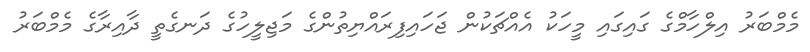
މެމްބަރު އިލްހާމްގެ ގަައިގައި މީހަކު އެއްޗަކުން ޖަހައިފިރައްޔިތުންގެ މަޖިލީހުގެ ދަނގެތީ ދާއިރާގެ މެމްބަރު